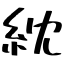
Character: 紞